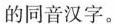
的同音汉字。